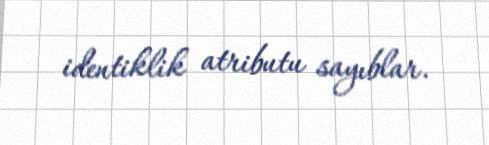
identiklik atributu sayıblar.